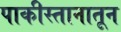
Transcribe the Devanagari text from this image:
पाकीस्तानातून